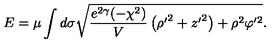
E = \mu \int d \sigma \sqrt { \frac { e ^ { 2 \gamma } ( - \chi ^ { 2 } ) } { V } \left( { \rho ^ { \prime } } ^ { 2 } + { z ^ { \prime } } ^ { 2 } \right) + \rho ^ { 2 } \varphi ^ { \prime 2 } } .